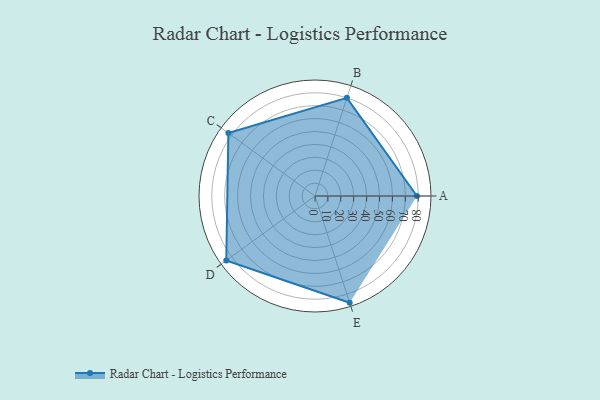
{"axis": {"x": "Skill", "y": "Score"}, "legend": ["Profile"], "data": [{"x": "A", "y": 79.0, "type": "Profile"}, {"x": "B", "y": 80.0, "type": "Profile"}, {"x": "C", "y": 83.0, "type": "Profile"}, {"x": "D", "y": 85.0, "type": "Profile"}, {"x": "E", "y": 87.0, "type": "Profile"}]}